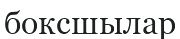
боксшылар